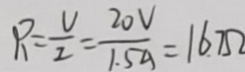
R = \frac { V } { I } = \frac { 2 0 V } { 1 . 5 A } = 1 6 . 7 \Omega